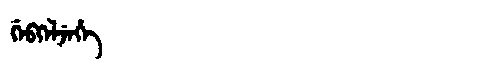
Manchu: ᡤᡝᠪᡴᡝᠯᠵᡝᡥᡝ
Romanization: GEBKELJEHE